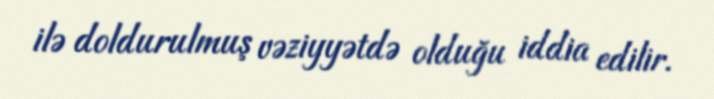
ilə doldurulmuş vəziyyətdə olduğu iddia edilir.